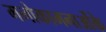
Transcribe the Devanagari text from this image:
मनोकामनाओंके